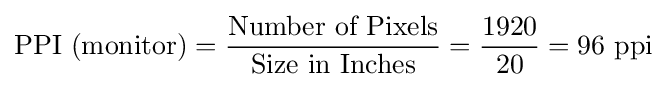
{\text{PPI (monitor)}}={\frac {\text{Number of Pixels}}{\text{Size in Inches}}}={\frac {1920}{20}}=96{\text{ ppi}}